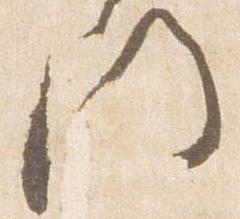
門